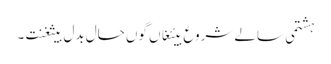
ہشتمی سالے شروع بیئغاں گوں حال بدل بیثغنت ۔